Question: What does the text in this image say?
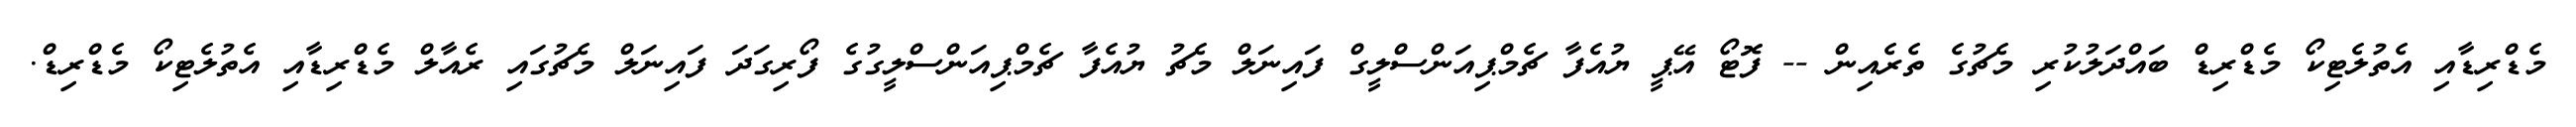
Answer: މެޑްރިޑާއި އެތުލެޓިކޯ މެޑްރިޑް ބައްދަލުކުރި މެޗުގެ ތެރެއިން -- ފޮޓޯ އޭޕީ ޔުއެފާ ޗެމްޕިއަންސްލީގް ފައިނަލް މެޗު ޔުއެފާ ޗެމްޕިއަންސްލީގުގެ ފޯރިގަދަ ފައިނަލް މެޗުގައި ރެއާލް މެޑްރިޑާއި އެތުލެޓިކޯ މެޑްރިޑް.